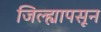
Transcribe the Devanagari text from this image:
जिल्ह्यापसून